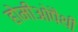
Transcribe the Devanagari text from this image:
होमीओपैथी